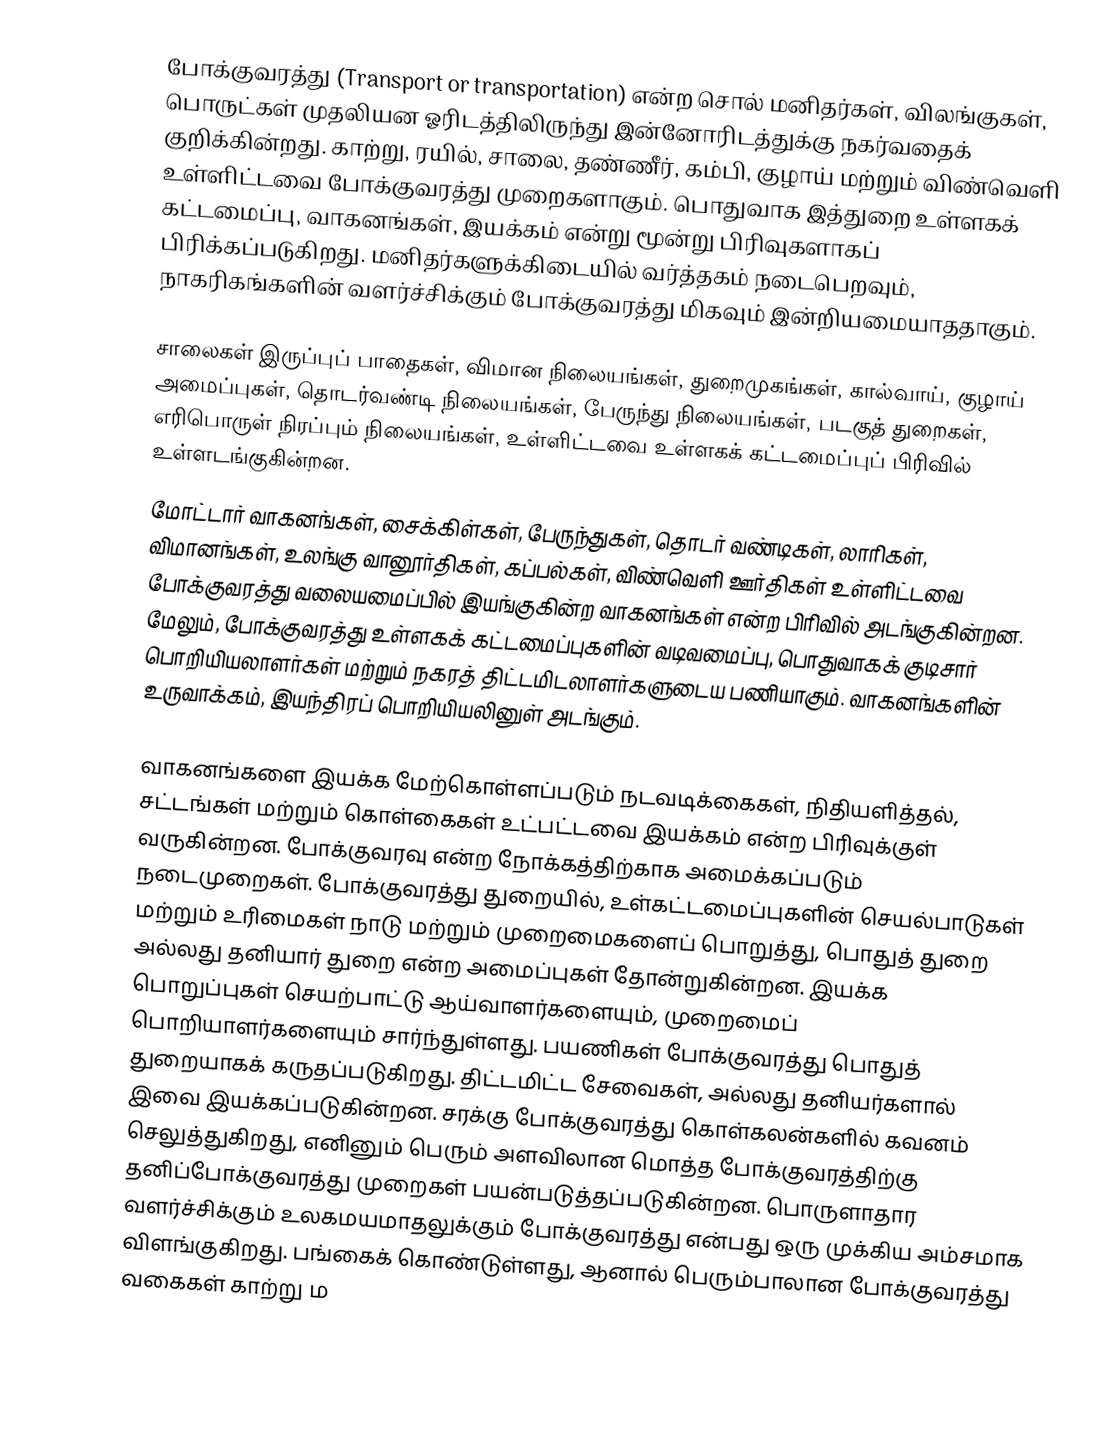
போக்குவரத்து (Transport or transportation) என்ற சொல் மனிதர்கள், விலங்குகள், பொருட்கள் முதலியன ஓரிடத்திலிருந்து இன்னோரிடத்துக்கு நகர்வதைக் குறிக்கின்றது. காற்று, ரயில், சாலை, தண்ணீர், கம்பி, குழாய் மற்றும் விண்வெளி உள்ளிட்டவை போக்குவரத்து முறைகளாகும். பொதுவாக இத்துறை உள்ளகக் கட்டமைப்பு, வாகனங்கள், இயக்கம் என்று மூன்று பிரிவுகளாகப் பிரிக்கப்படுகிறது. மனிதர்களுக்கிடையில் வர்த்தகம் நடைபெறவும், நாகரிகங்களின் வளர்ச்சிக்கும் போக்குவரத்து மிகவும் இன்றியமையாததாகும்.

சாலைகள் இருப்புப் பாதைகள், விமான நிலையங்கள், துறைமுகங்கள், கால்வாய், குழாய் அமைப்புகள், தொடர்வண்டி நிலையங்கள், பேருந்து நிலையங்கள், படகுத் துறைகள், எரிபொருள் நிரப்பும் நிலையங்கள், உள்ளிட்டவை உள்ளகக் கட்டமைப்புப் பிரிவில் உள்ளடங்குகின்றன.
மோட்டார் வாகனங்கள், சைக்கிள்கள், பேருந்துகள், தொடர் வண்டிகள், லாரிகள், விமானங்கள், உலங்கு வானூர்திகள், கப்பல்கள், விண்வெளி ஊர்திகள் உள்ளிட்டவை போக்குவரத்து வலையமைப்பில் இயங்குகின்ற வாகனங்கள் என்ற பிரிவில் அடங்குகின்றன. மேலும், போக்குவரத்து உள்ளகக் கட்டமைப்புகளின் வடிவமைப்பு, பொதுவாகக் குடிசார் பொறியியலாளர்கள் மற்றும் நகரத் திட்டமிடலாளர்களுடைய பணியாகும். வாகனங்களின் உருவாக்கம், இயந்திரப் பொறியியலினுள் அடங்கும்.

வாகனங்களை இயக்க மேற்கொள்ளப்படும் நடவடிக்கைகள், நிதியளித்தல், சட்டங்கள் மற்றும் கொள்கைகள் உட்பட்டவை இயக்கம் என்ற பிரிவுக்குள் வருகின்றன. போக்குவரவு என்ற நோக்கத்திற்காக அமைக்கப்படும் நடைமுறைகள். போக்குவரத்து துறையில், உள்கட்டமைப்புகளின் செயல்பாடுகள் மற்றும் உரிமைகள் நாடு மற்றும் முறைமைகளைப்  பொறுத்து, பொதுத் துறை அல்லது தனியார் துறை என்ற அமைப்புகள் தோன்றுகின்றன. இயக்க பொறுப்புகள் செயற்பாட்டு ஆய்வாளர்களையும், முறைமைப் பொறியாளர்களையும்  சார்ந்துள்ளது. பயணிகள் போக்குவரத்து பொதுத் துறையாகக் கருதப்படுகிறது. திட்டமிட்ட சேவைகள், அல்லது தனியர்களால் இவை இயக்கப்படுகின்றன. சரக்கு போக்குவரத்து கொள்கலன்களில் கவனம் செலுத்துகிறது, எனினும் பெரும் அளவிலான மொத்த போக்குவரத்திற்கு தனிப்போக்குவரத்து முறைகள் பயன்படுத்தப்படுகின்றன. பொருளாதார வளர்ச்சிக்கும் உலகமயமாதலுக்கும் போக்குவரத்து என்பது ஒரு முக்கிய அம்சமாக விளங்குகிறது. பங்கைக் கொண்டுள்ளது, ஆனால் பெரும்பாலான போக்குவரத்து வகைகள் காற்று ம